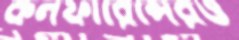
কনফারেন্সেরও